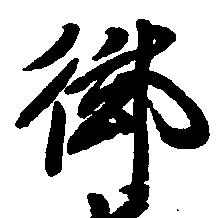
御